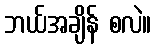
ဘယ်အချိန် စလဲ။